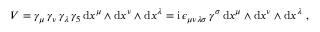
V = \gamma _ { \mu } \, \gamma _ { \nu } \, \gamma _ { \lambda } \, \gamma _ { 5 } \, \mathrm { d } x ^ { \mu } \wedge \mathrm { d } x ^ { \nu } \wedge \mathrm { d } x ^ { \lambda } = { \mathrm { i } } \, \epsilon _ { \mu \nu \lambda \sigma } \, \gamma ^ { \sigma } \, \mathrm { d } x ^ { \mu } \wedge \mathrm { d } x ^ { \nu } \wedge \mathrm { d } x ^ { \lambda } \ ,